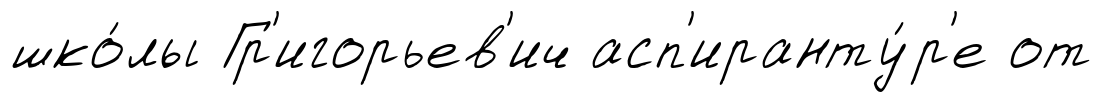
шко́лы Гр'игорьев'ич асп'иранту́р'е от